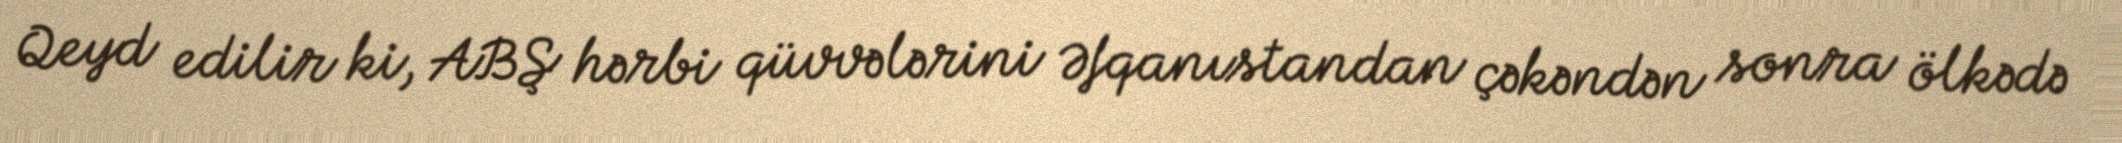
Qeyd edilir ki, ABŞ hərbi qüvvələrini Əfqanıstandan çəkəndən sonra ölkədə